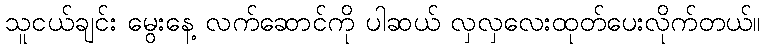
သူငယ်ချင်း မွေးနေ့ လက်ဆောင်ကို ပါဆယ် လှလှလေးထုတ်ပေးလိုက်တယ်။